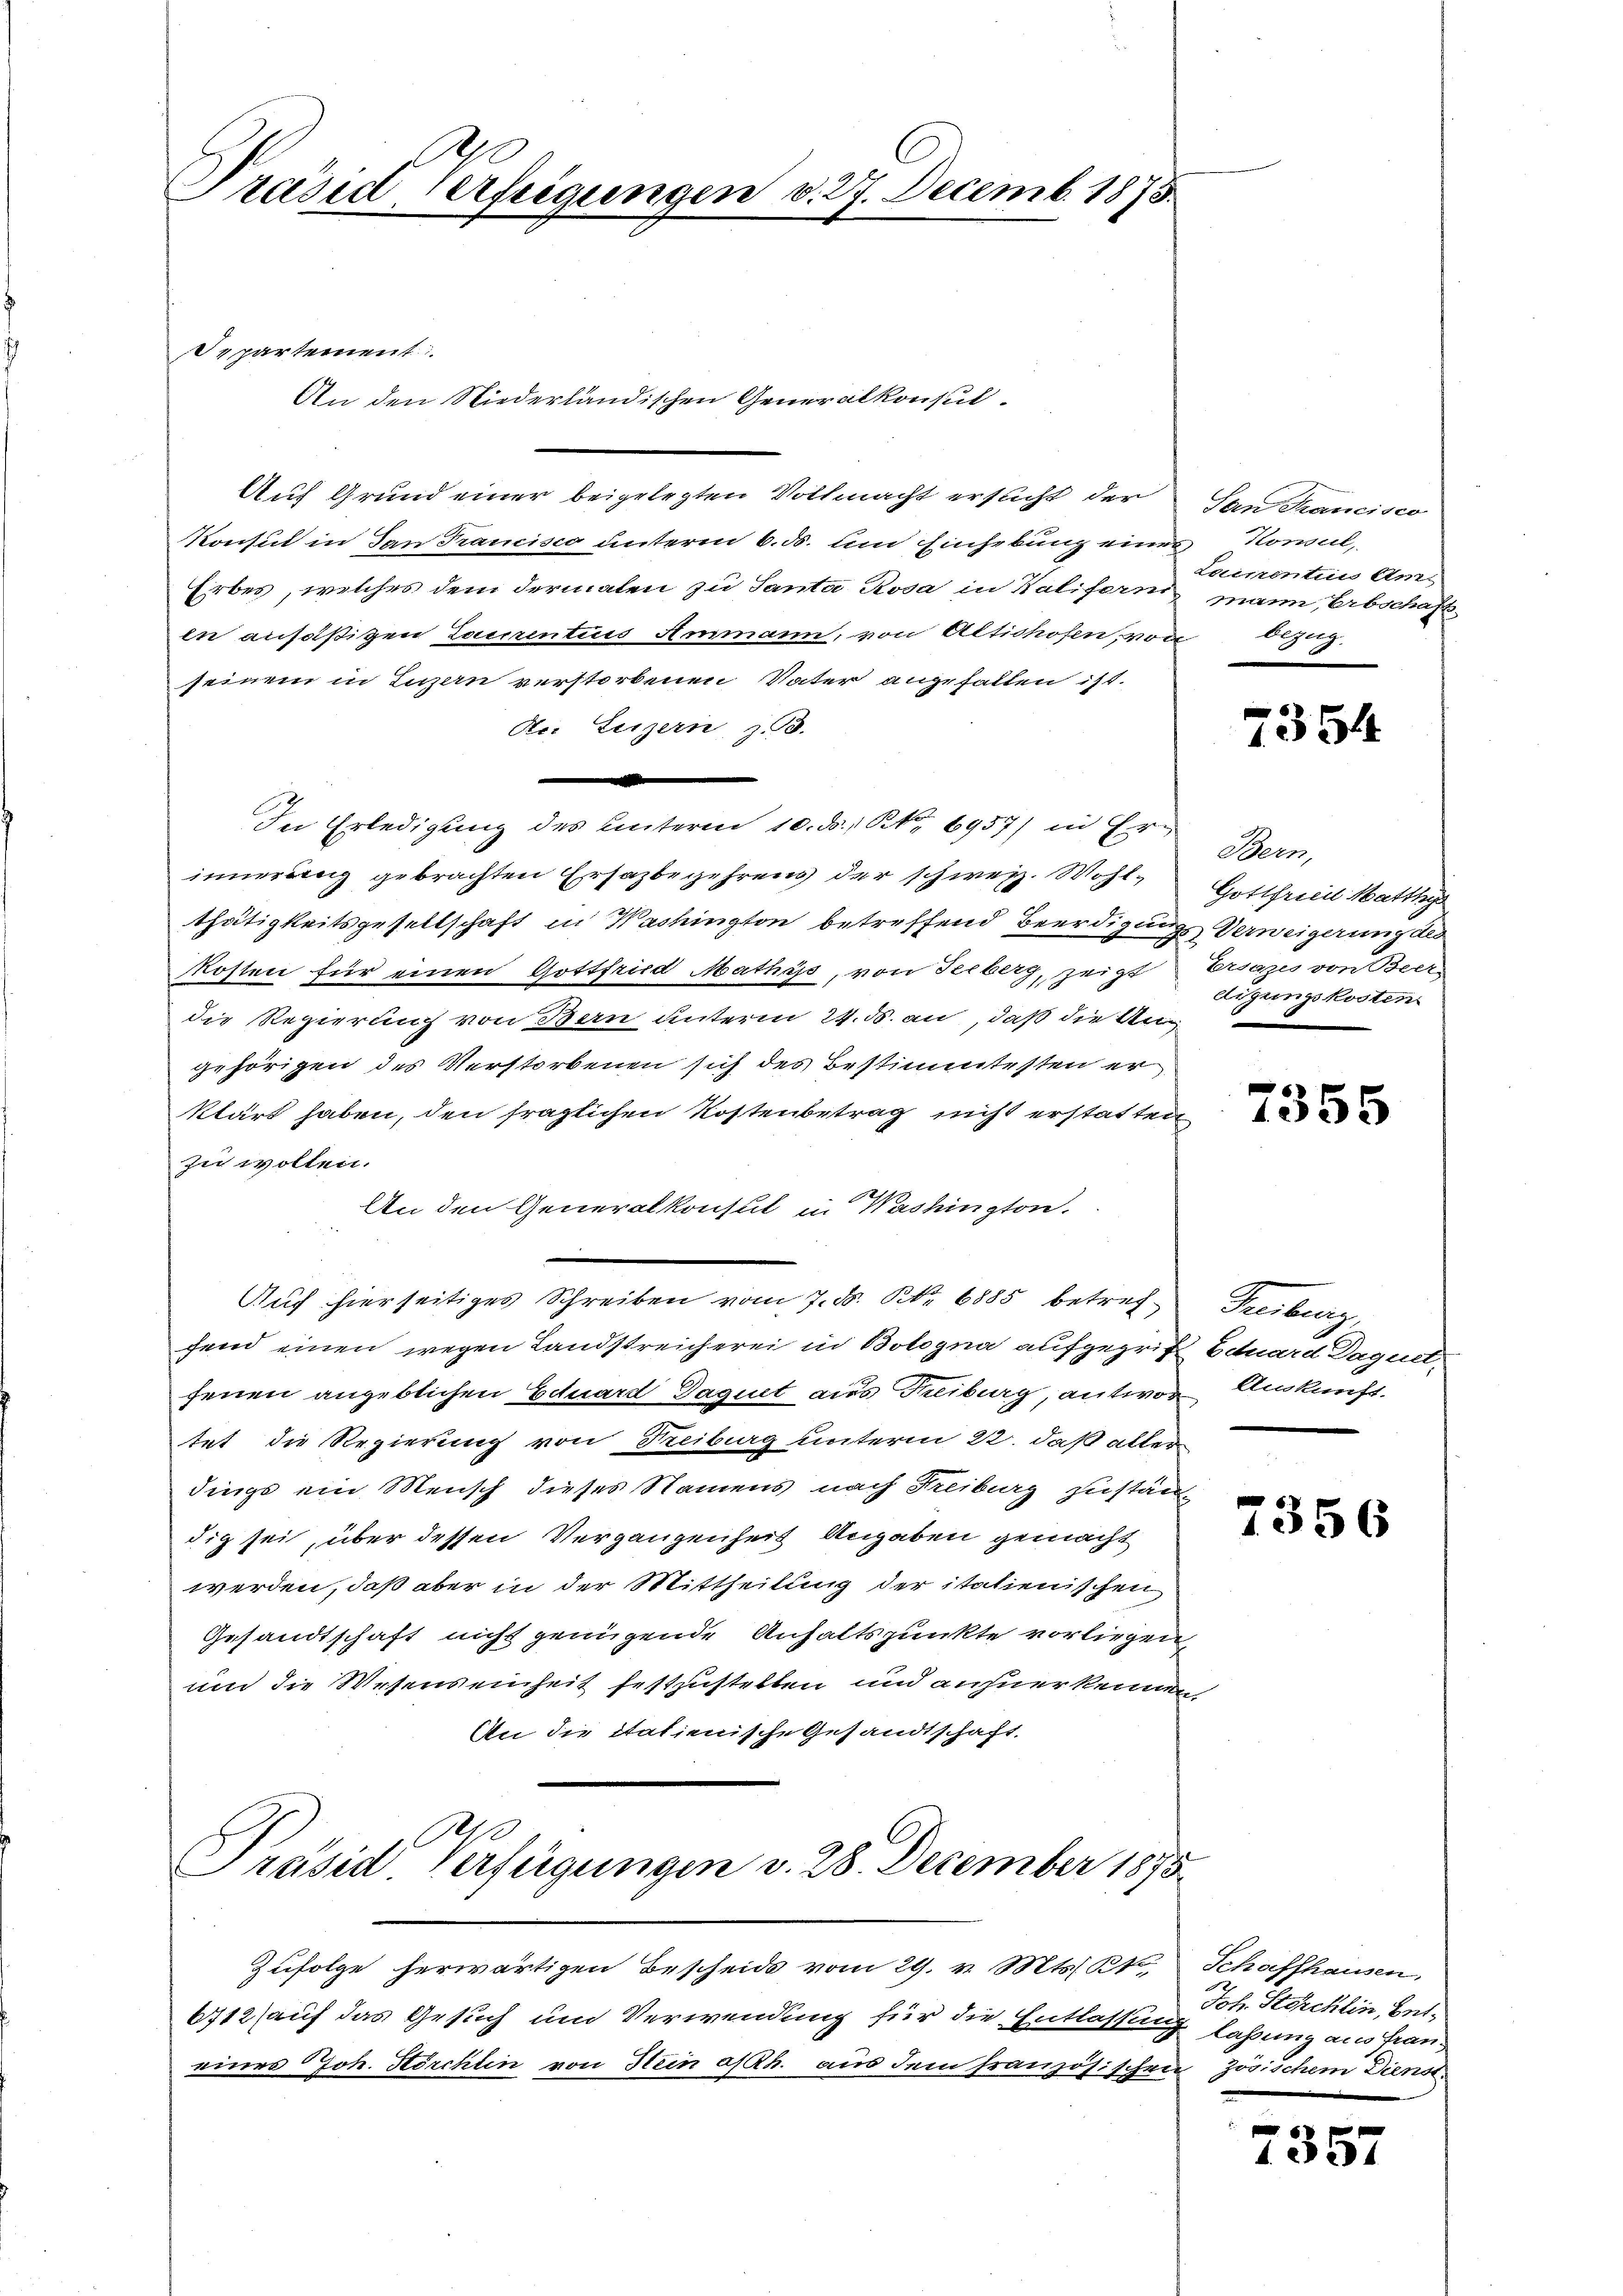
Präsid Verfeigungen v. 27. Decemb. 1873

Departement
Auf Grund einer beigelegten Vollmacht ersucht der an Mancisco
Konsul in San Francisco unterm 6. ds. um Einhebung eines Konsul,
Erbes, welches dem dermalen zu Santa Rosa in Kalifern mann, Erbschaft
en ansäßigen Laurentius Ammann, von Altichofen, von 153.
seinem in Luzern verstorbenen Vater angehalten ist.
Dr. Lenzern, z. B.
e
In Erledigung des Unterm 10. ds. S. 6957) in Erinnerung gebrachten Ersazbegehrens der schweiz. Wohlthätigkeitsgesellschaft in Washington betreffend Beerdigungs Verweigerung des
Kosten für einen Gottfrid Mathes, von Seeberg, zeigt
die Regierung von Bern unterm 24. ds. an, daß die Ungehörigen des Verstorbenen sich des Bestimmtesten er
klärt haben, den fraglichen Kostenbetrag nicht erstatten
zu wollen.
An den Generalkonsul in Washington.
Auf hierseitiges Schreiben vom 7. d. Nr. 6885 betref Freiburg,
fend einen wegen Landstreicherei in Bologna aufgegrif Eduard Daguet,
fenen angeblichen Eduard Daquet aus Treiburg, antwor Ankunft.
tet die Regierung von Freiburg unterm 22. daß aller
dings ein Mensch dieses Namens nach Freiburg zustän
dig sei, über dessen Vergangenheit Angaben gemacht
werden, daß aber in der Mittheilung der italienischen
Gesandtschaft nicht genügende Anhaltspunkte vorliegen,
um die Wesenseinheit festzustelten und anzuerkennen,
An die Statienische Gesandtschaft.
h

An den Niederländischen Generalkonsul¬

Zufolge herwärtigen Bescheids vom 29. v. Mts. K
6712 auf das Gesuch um Verwendung für die Entlassung lassung aus franeines Joh. Hörchten von Stein alth. aus dem französischen zösischem Dienst¬

Präsid. Verfügungen v. 28. December 1875.

Laimentii Ans

e
1354

Bern,
Gottfriedl Mattig
Ersazes von Beer
digungskosten.

7355

7356

Schaffhausen.
Joh. Storcklin, bet¬

7357